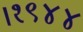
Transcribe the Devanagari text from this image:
।१९४४